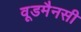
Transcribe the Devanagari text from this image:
वूडमैनसी